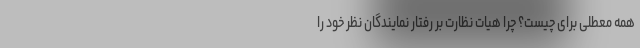
همه معطلی برای چیست؟ چرا هیات نظارت بر رفتار نمایندگان نظر خود را